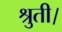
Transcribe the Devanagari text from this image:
श्रुती।